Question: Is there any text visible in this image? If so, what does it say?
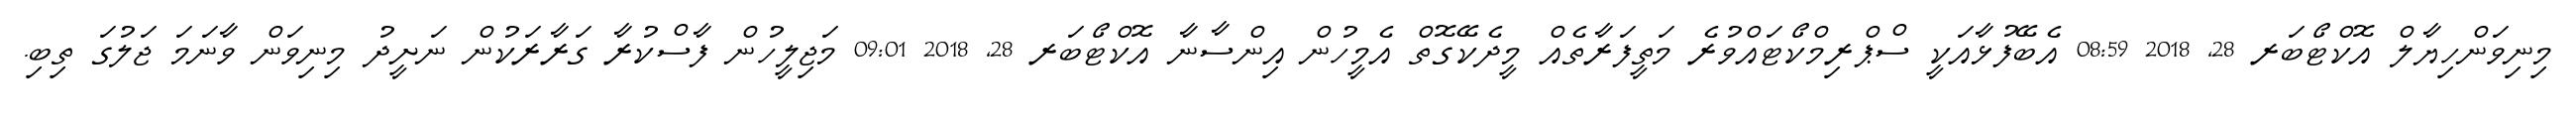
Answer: މިނިވަންހިޔާލް އޮކްޓޯބަރ 28, 2018 08:59 އެބޭފުޅާއަކީ ސްޕްރިމްކޯޓައްވުރެ މަތީފަރާތެއް މީދެކޭގޮތް އެމީހުން އިންސާނާ އޮކްޓޯބަރ 28, 2018 09:01 މަޖިލީހުން ފާސްކުރާ ގަރާރަކުން ނަށީދު މިނިވަން ވާނަމަ ޖަލުގަ ތިބި.